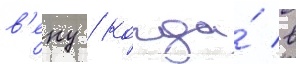
в'еку / когда́ в